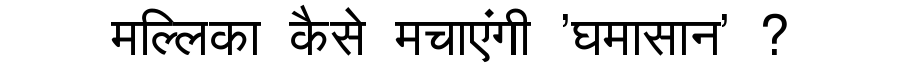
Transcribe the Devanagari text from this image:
मल्लिका कैसे मचाएंगी 'घमासान' ?